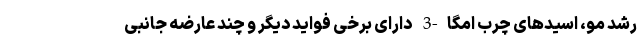
رشد مو، اسیدهای چرب امگا-3 دارای برخی فواید دیگر و چند عارضه جانبی